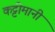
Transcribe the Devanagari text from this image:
कट्टीमानी